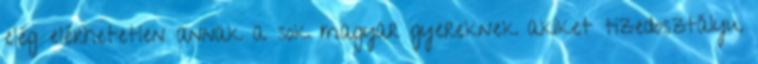
elég elérhetetlen annak a sok magyar gyereknek akiket tizedosztályu